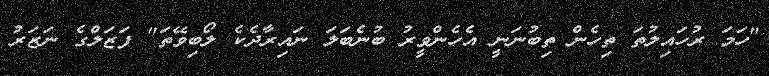
"ހަމަ ރުހައިލުތަ ތިހެން ތިބުނަނީ އެހެންވީރު ބުނެބަލަ ނައިރާދެކެ ލޯބިވޭތަ" ފަޒަލްގެ ނަޒަރު